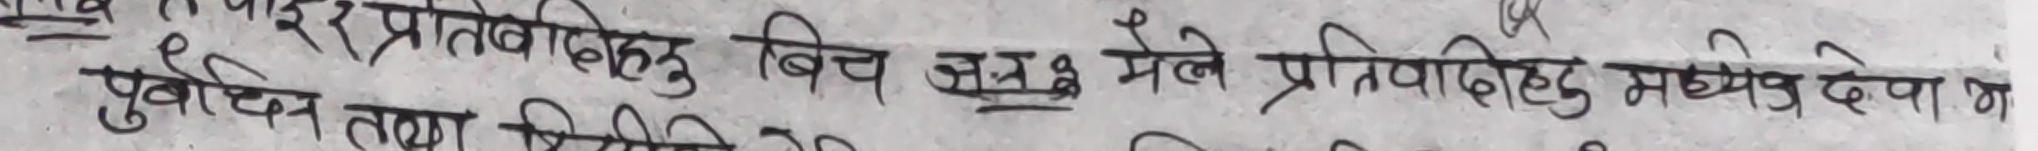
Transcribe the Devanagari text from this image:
पाईर प्रतिवादीहरू बिच झै-झगडा मैले प्रतिवादीहरु मध्ये देखा भा